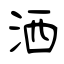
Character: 洒